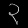
Digit: ၃